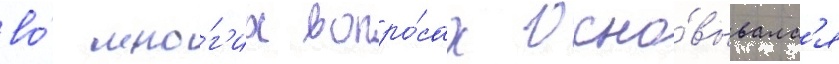
во́ мно́г'их вопро́сах осно́вывалс'я